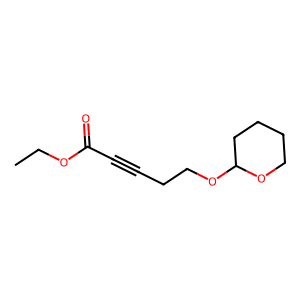
SMILES: CCOC(=O)C#CCCOC1CCCCO1
Inhibits HIV replication: No